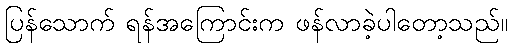
ပြန်သောက် ရန်အကြောင်းက ဖန်လာခဲ့ပါတော့သည်။